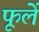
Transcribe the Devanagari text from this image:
फूलें